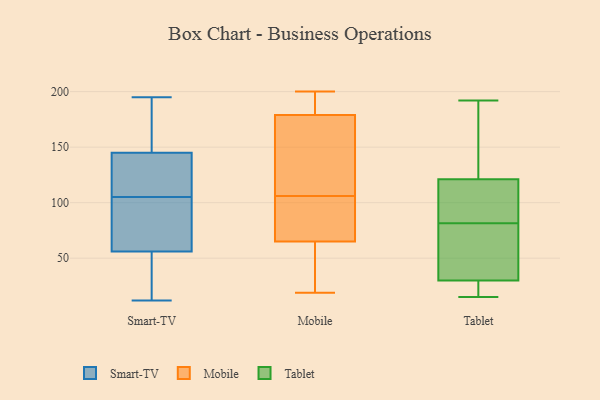
{"axis": {"x": "Budget (USD K)", "y": "Value"}, "legend": ["Mobile", "Smart-TV", "Tablet"], "data": [{"x": "", "y": 195, "type": "Smart-TV"}, {"x": "", "y": 40, "type": "Smart-TV"}, {"x": "", "y": 79, "type": "Smart-TV"}, {"x": "", "y": 78, "type": "Smart-TV"}, {"x": "", "y": 66, "type": "Smart-TV"}, {"x": "", "y": 193, "type": "Smart-TV"}, {"x": "", "y": 56, "type": "Smart-TV"}, {"x": "", "y": 126, "type": "Smart-TV"}, {"x": "", "y": 56, "type": "Smart-TV"}, {"x": "", "y": 84, "type": "Smart-TV"}, {"x": "", "y": 145, "type": "Smart-TV"}, {"x": "", "y": 12, "type": "Smart-TV"}, {"x": "", "y": 156, "type": "Smart-TV"}, {"x": "", "y": 45, "type": "Smart-TV"}, {"x": "", "y": 140, "type": "Smart-TV"}, {"x": "", "y": 151, "type": "Smart-TV"}, {"x": "", "y": 127, "type": "Smart-TV"}, {"x": "", "y": 126, "type": "Smart-TV"}, {"x": "", "y": 181, "type": "Mobile"}, {"x": "", "y": 194, "type": "Mobile"}, {"x": "", "y": 28, "type": "Mobile"}, {"x": "", "y": 158, "type": "Mobile"}, {"x": "", "y": 112, "type": "Mobile"}, {"x": "", "y": 101, "type": "Mobile"}, {"x": "", "y": 200, "type": "Mobile"}, {"x": "", "y": 19, "type": "Mobile"}, {"x": "", "y": 65, "type": "Mobile"}, {"x": "", "y": 111, "type": "Mobile"}, {"x": "", "y": 24, "type": "Mobile"}, {"x": "", "y": 179, "type": "Mobile"}, {"x": "", "y": 97, "type": "Mobile"}, {"x": "", "y": 92, "type": "Mobile"}, {"x": "", "y": 167, "type": "Tablet"}, {"x": "", "y": 117, "type": "Tablet"}, {"x": "", "y": 31, "type": "Tablet"}, {"x": "", "y": 71, "type": "Tablet"}, {"x": "", "y": 15, "type": "Tablet"}, {"x": "", "y": 65, "type": "Tablet"}, {"x": "", "y": 121, "type": "Tablet"}, {"x": "", "y": 21, "type": "Tablet"}, {"x": "", "y": 108, "type": "Tablet"}, {"x": "", "y": 92, "type": "Tablet"}, {"x": "", "y": 192, "type": "Tablet"}, {"x": "", "y": 137, "type": "Tablet"}, {"x": "", "y": 18, "type": "Tablet"}, {"x": "", "y": 30, "type": "Tablet"}]}